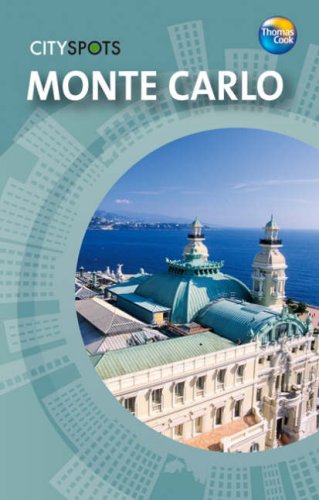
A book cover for Monte Carlo (CitySpots) (CitySpots); Thomas Cook; Travel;